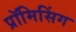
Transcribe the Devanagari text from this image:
प्रॉमिसिंग